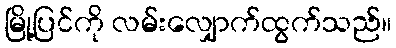
မြို့ပြင်ကို လမ်းလျှောက်ထွက်သည်။